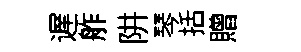
遅舴阱琴括贈